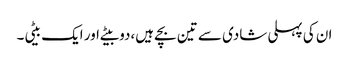
ان کی پہلی شادی سے تین بچے ہیں،دو بیٹے اور ایک بیٹی۔